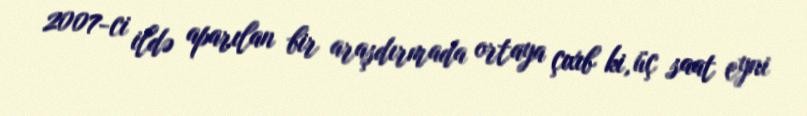
2007-ci ildə aparılan bir araşdırmada ortaya çıxıb ki, üç saat eyni